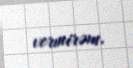
vermirəm.